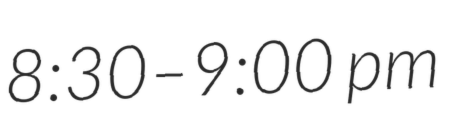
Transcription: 8:30–9:00 pm